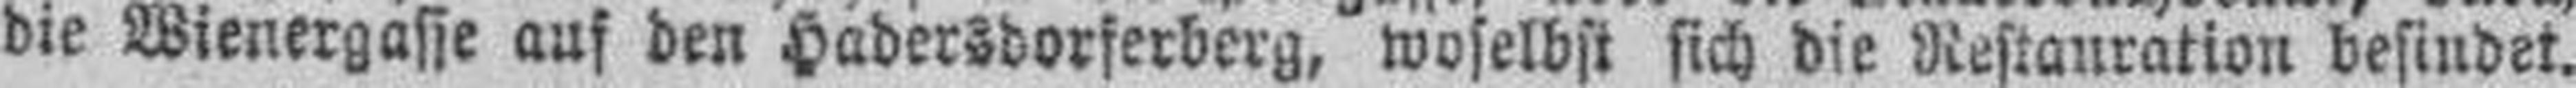
die Wienergasse auf den Hadersdorferberg, woselbst sich die Restauration befindet.